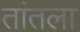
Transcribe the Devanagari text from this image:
तांतला